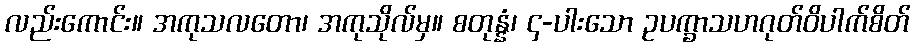
လည်းကောင်း။ အကုသလတော၊ အကုသိုလ်မှ။ စတုန္နံ၊ ၄-ပါးသော ဥပက္ခာသဟဂုတ်ဝိပါက်စိတ်